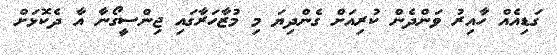
ގަޑިއެއް ހާއިރު ވަންދެން ކުރިއަށް ގެންދިޔަ މި މުޒާހަރާގައި ޖިންސީގޯނާ އާ ދެކޮޅަށް